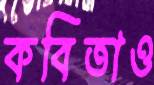
কবিতাও